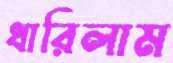
ধারিলাম